Report on vaccination in Madras 1895-1903 - 1895-1903
Year: 1895
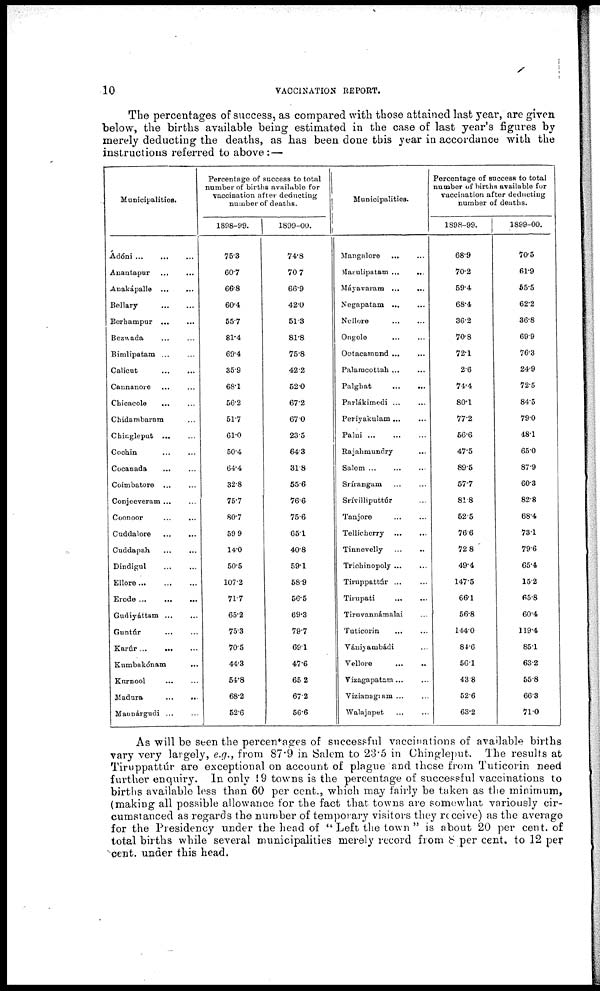
10
VACCINATION REPORT.
The percentages of success, as compared with those attained last year, are given
below, the births available being estimated in the case of last year's figures by
merely deducting the deaths, as has been done this year in accordance with the
instructions referred to above: —
Municipalities.
Ádóni
...
...
...
Anantapur ... ...
Anakápalle
...
...
Bellary
...
...
Berhampur ... ...
Bezwada ... ...
Bimlipatam ... ...
Calicut
...
...
Cannanore ... ...
Chicacole
... ...
Chidambaram ...
Chingleput
...
...
Cochin ... ...
Cocanada
... ...
Coimbatore ... ...
Conjeeveram ... ...
Coonoor
...
...
Cuddalore
...
...
Cuddapah ... ...
Dindigul
...
...
Ellore
...
...
...
Erode ...
...
...
Gudiyáttam
...
...
Guntúr
...
...
Karúr...
... ...
Kumbakónam ...
Kurnool
... ...
Madura
...
...
Mannárgudi ... ...
Percentage of success to total
number of births available for
vaccination after deducting
number of deaths.
1898-99.
75.3
60.7
66.8
60.4
55.7
81.4
69.4
35.9
68.1
56.2
51.7
61.0
50.4
64.4
32.8
75.7
80.7
59.9
14.0
50.5
107.2
71.7
65.2
75.3
70.5
44.3
54.8
68.2
52.6
1899-00.
74.8
70.7
66.9
42.0
51.3
81.8
75.8
42.2
52.0
67.2
67.0
23.5
64.3
31.8
55.6
76.6
75.6
65.1
40.8
59.1
58.9
56.5
69.3
79.7
69.1
47.6
65.2
67.2
56.6
Municipalities.
Mangalore
...
...
Masulipatam ...
...
Máyavaram ...
...
Negapatam
...
...
Nellore ... ...
Ongole
...
...
Ootacamund ... ...
Palamcottah ... ...
Palghat
...
...
Parlákimedi ... ...
Periyakulam...
...
Palni
...
...
...
Rajahmundry
...
Salle ... ... ...
Srírangam ... ...
Srívilliputtúr ...
Tanjore ... ...
Tellicherry
...
...
Tinnevelly ... ...
Trichinopoly ...
...
Tirnppattúr ... ...
Tirupati
... ...
Tiruvannámalai ...
Tuticorin ... ...
Vaniyambádi ...
Vellore
...
...
Vizagapatam ... ...
Vizianagram ... ...
Walajapet
...
...
Percentage of success to total
number of births available for
vaccination after deducting
number of deaths.
1898-99.
68.9
70.2
69.4
68.4
36.2
70.8
72.1
2.6
74.4
80.1
77.2
56.6
47.5
89.5
57.7
81.8
52.5
76.6
72.8
49.4
147.5
66.1
56.8
144.0
84.6
56.1
43.8
52.6
63.2
1899-00.
70.5
61.9
55.5
62.2
36.8
69.9
76.3
24.9
72.5
84.5
79.0
48.1
65.0
87.9
60.3
82.8
68.4
73.1
79.6
65.4
15.2
65.8
60.4
119.4
85.1
63.2
55.8
66.3
71.0
As will be seen the percentages of successful vaccinations of available births
vary very largely, e.g., from 87.9 in Salem to 23.5 in Chingleput. The results at
Tiruppattúr are exceptional on account of plague and those from Tuticorin need
further enquiry. In only 19 towns is the percentage of successful vaccinations to
births available less than 60 per cent., which may fairly be taken as the minimum,
(making all possible allowance for the fact that towns are somewhat variously cir-
cumstanced as regards the number of temporary visitors they receive) as the average
for the Presidency under the head of " Left the town " is about 20 per cent. of
total births while several municipalities merely record from 8 per cent. to 12 per
cent. under this head.